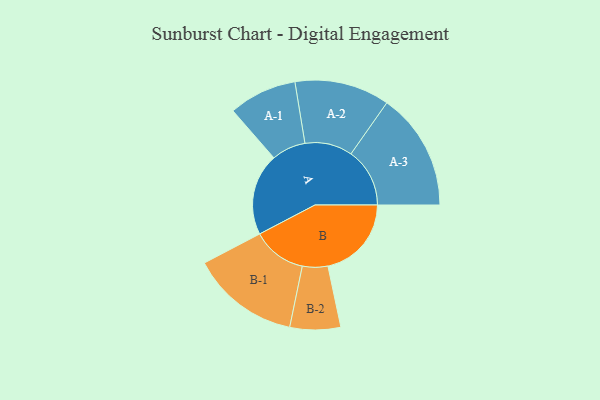
{"axis": {"x": "Segment", "y": "Value"}, "legend": ["", "A", "B"], "data": [{"x": "A", "y": 414, "type": ""}, {"x": "B", "y": 422, "type": ""}, {"x": "A-1", "y": 172, "type": "A"}, {"x": "A-2", "y": 240, "type": "A"}, {"x": "A-3", "y": 297, "type": "A"}, {"x": "B-1", "y": 274, "type": "B"}, {"x": "B-2", "y": 128, "type": "B"}]}